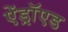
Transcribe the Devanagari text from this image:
ऐंड्रॉएड